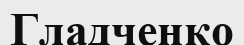
Гладченко